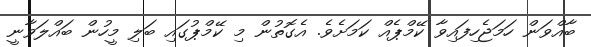
ބާއްވަން ހަމަޖެހިފައިވާ ކޭމްޕެއް ކަމަށެވެ. އެގޮތުން މި ކޭމްޕުގައި ބަލި މީހުން ބައްލަވާނީ